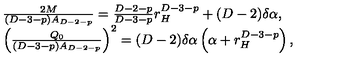
\begin{array} { l } { \frac { 2 M } { ( D - 3 - p ) A _ { D - 2 - p } } = \frac { D - 2 - p } { D - 3 - p } r _ { H } ^ { D - 3 - p } + ( D - 2 ) \delta \alpha , } \\ { \left( \frac { Q _ { 0 } } { ( D - 3 - p ) A _ { D - 2 - p } } \right) ^ { 2 } = ( D - 2 ) \delta \alpha \left( \alpha + r _ { H } ^ { D - 3 - p } \right) , } \\ \end{array}